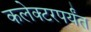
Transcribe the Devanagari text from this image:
कलेक्टरपर्यंत